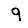
Digit: 9